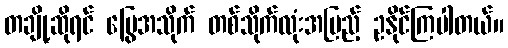
တချို့ဆိုရင် မြွေအသိုက် တစ်သိုက်လုံးအပြည့် ဥနိုင်ကြပါတယ်။